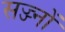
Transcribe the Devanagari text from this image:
सज्ज्नों